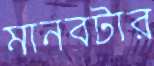
মানবটার